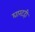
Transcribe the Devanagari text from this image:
घारटही